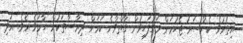
އިތުރުވެ ކެންސަރު ޖެހުމަށް މަގުފަހިވުން ގާތްވާނެ ކަމަށް ދިރާސާތަކުން ހާމަވެ އެވެ. އަދި